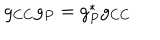
LaTeX: g _ { C C } g _ { P } = g _ { P } ^ { * } g _ { C C }